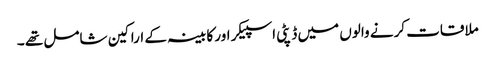
ملاقات کرنے والوں میں ڈپٹی اسپیکر اور کابینہ کے اراکین شامل تھے ۔